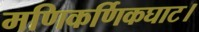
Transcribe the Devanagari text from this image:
मणिकर्णिकघाट।